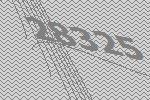
28325